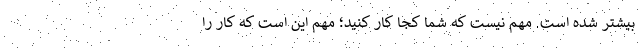
بیشتر شده است. مهم نیست که شما کجا کار کنید؛ مهم این است که کار را